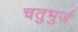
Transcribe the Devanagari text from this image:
चतुभुर्ज